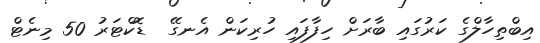
އިބްތިހާލްގެ ކަރުގައި ބާރަށް ހިފާފައި ހުރިކަން އެނގޭ  ޑޮކްޓަރު 50 މިނެޓް